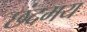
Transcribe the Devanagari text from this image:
छंदमय